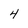
Character: 4